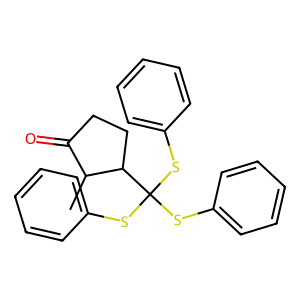
SMILES: CC1C(=O)CCC1C(Sc1ccccc1)(Sc1ccccc1)Sc1ccccc1
Inhibits HIV replication: No